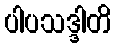
ပါပသဒ္ဒါတိ